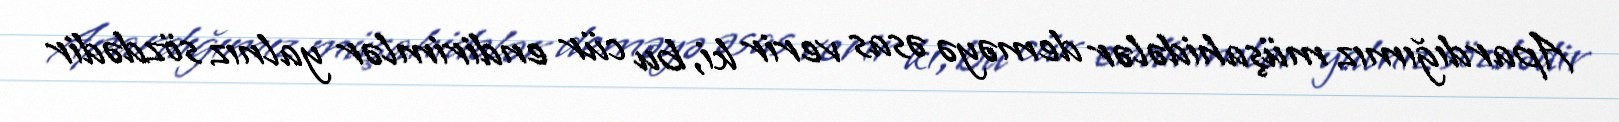
Apardığımız müşahidələr deməyə əsas verir ki, bu cür endirimlər yalnız sözdədir